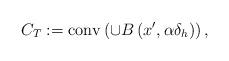
LaTeX: \begin{align*} C_T := {\rm conv}\left( \cup B\left(x', \alpha \delta_h\right)\right), \end{align*}